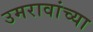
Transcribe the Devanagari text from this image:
उमरावांच्या